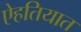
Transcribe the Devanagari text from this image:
ऐहतियात